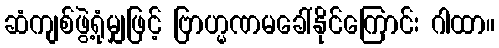
ဆံကျစ်ဖွဲ့ရုံမျှဖြင့် ဗြာဟ္မဏမခေါ်နိုင်ကြောင်း ဂါထာ။